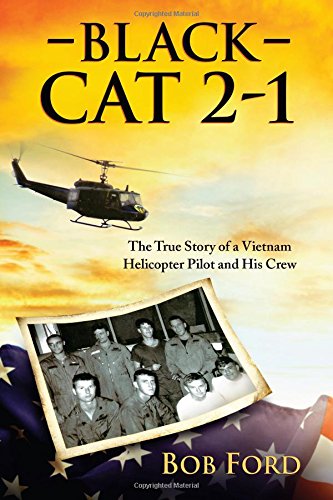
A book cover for Black Cat 2-1: The True Story of a Vietnam Helicopter Pilot and His Crew; Bob Ford; History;